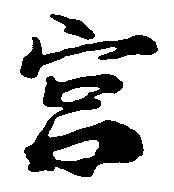
宮